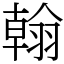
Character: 翰